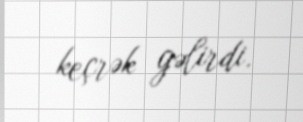
keçrək gəlirdi.